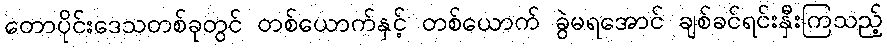
တောပိုင်းဒေသတစ်ခုတွင် တစ်ယောက်နှင့် တစ်ယောက် ခွဲမရအောင် ချစ်ခင်ရင်းနှီးကြသည့်